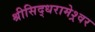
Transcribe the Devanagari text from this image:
श्रीसिद्धरामेश्र्वर